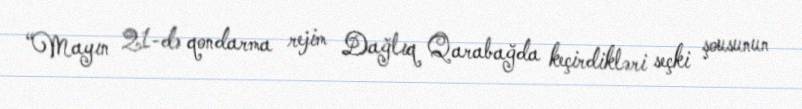
“Mayın 21-də qondarma rejim Dağlıq Qarabağda keçirdikləri seçki şousunun